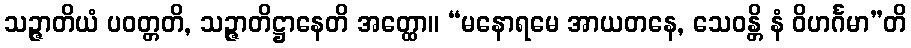
သဉ္ဇာတိယံ ပဝတ္တတိ, သဉ္ဇာတိဋ္ဌာနေတိ အတ္ထော။ “မနောရမေ အာယတနေ, သေဝန္တိ နံ ဝိဟင်္ဂမာ”တိ